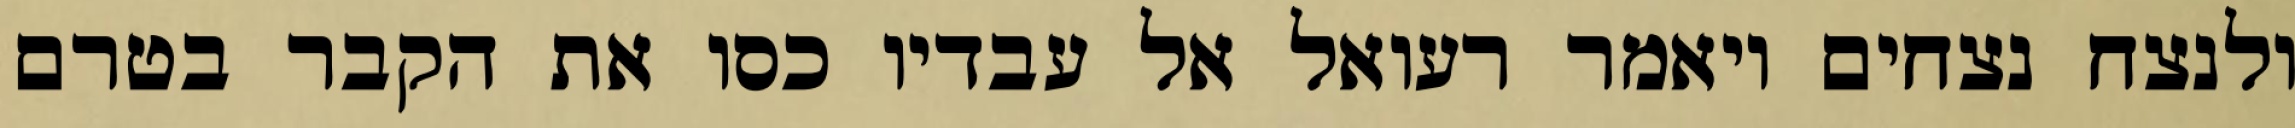
ולנצח נצחים ויאמר רעואל אל עבדיו כסו את הקבר בטרם